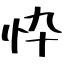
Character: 忰